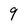
Character: 9